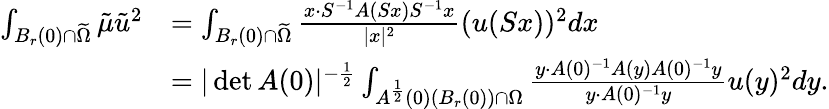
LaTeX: \begin{array}{rl}{\int_{B_{r}(0)\cap\widetilde{\Omega}}\tilde{\mu}\tilde{u}^{2}}&{=\int_{B_{r}(0)\cap\widetilde{\Omega}}\frac{x\cdot S^{-1}A(Sx)S^{-1}x}{|x|^{2}}(u(Sx))^{2}dx}\\ &{=|\operatorname*{det}A(0)|^{-\frac 12}\int_{A^{\frac 12}(0)(B_{r}(0))\cap{\Omega}}\frac{y\cdot A(0)^{-1}A(y)A(0)^{-1}y}{y\cdot A(0)^{-1}y}u(y)^{2}dy.}\end{array}